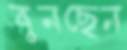
বুনছেন